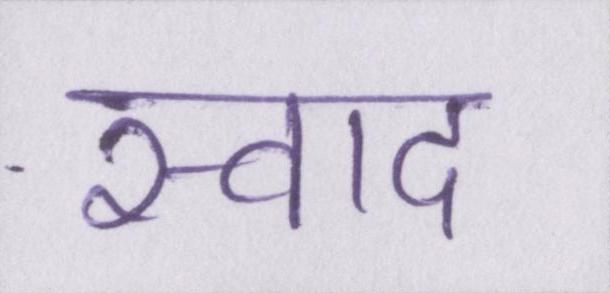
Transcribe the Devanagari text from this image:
स्वाद